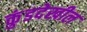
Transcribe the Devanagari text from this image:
कुंडदेखील